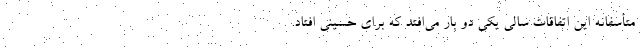
متأسفانه این اتفاقات سالی یکی دو بار می‌افتد که برای حسینی افتاد.